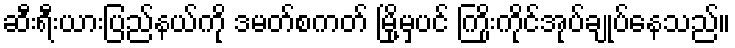
ဆီးရီးယားပြည်နယ်ကို ဒမတ်စကတ် မြို့မှပင် ကြိုးကိုင်အုပ်ချုပ်နေသည်။